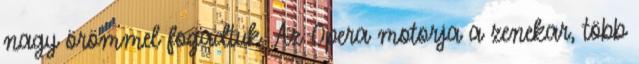
nagy örömmel fogadtuk. Az Opera motorja a zenekar, több